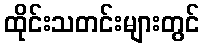
ထိုင်းသတင်းများတွင်